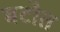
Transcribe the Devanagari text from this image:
बटौत